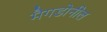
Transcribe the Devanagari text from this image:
मैगडोनील